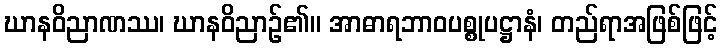
ဃာနဝိညာဏဿ၊ ဃာနဝိညာဉ်၏။ အာဓာရဘာဝပစ္စုပဋ္ဌာနံ၊ တည်ရာအဖြစ်ဖြင့်